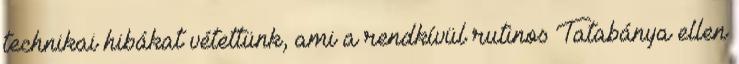
technikai hibákat vétettünk, ami a rendkívül rutinos Tatabánya ellen